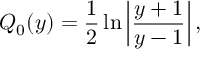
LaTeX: Q _ { 0 } ( y ) = { \frac { 1 } { 2 } } \ln \left| { \frac { y + 1 } { y - 1 } } \right| ,